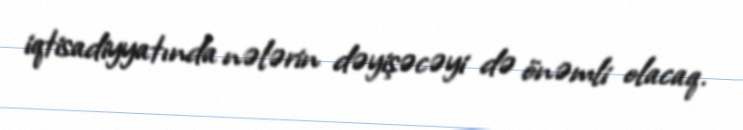
iqtisadiyyatında nələrin dəyişəcəyi də önəmli olacaq.